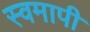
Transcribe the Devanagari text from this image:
स्वमापी